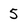
Character: 5